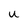
Character: U